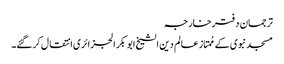
ترجمان دفترخارجہ
مسجد نبوی کے مُمتاز عالم دین الشیخ ابو بکر الجزائری انتقال کرگئے۔